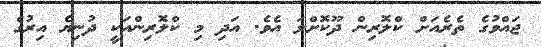
ޖައްވުގެ ތެރެއަށް ކްލޮރިން ދޫކޮށްލަ އެވެ. އަދި މި ކްލޮރިންއަކީ ދުނިޔެ އިރުގެ